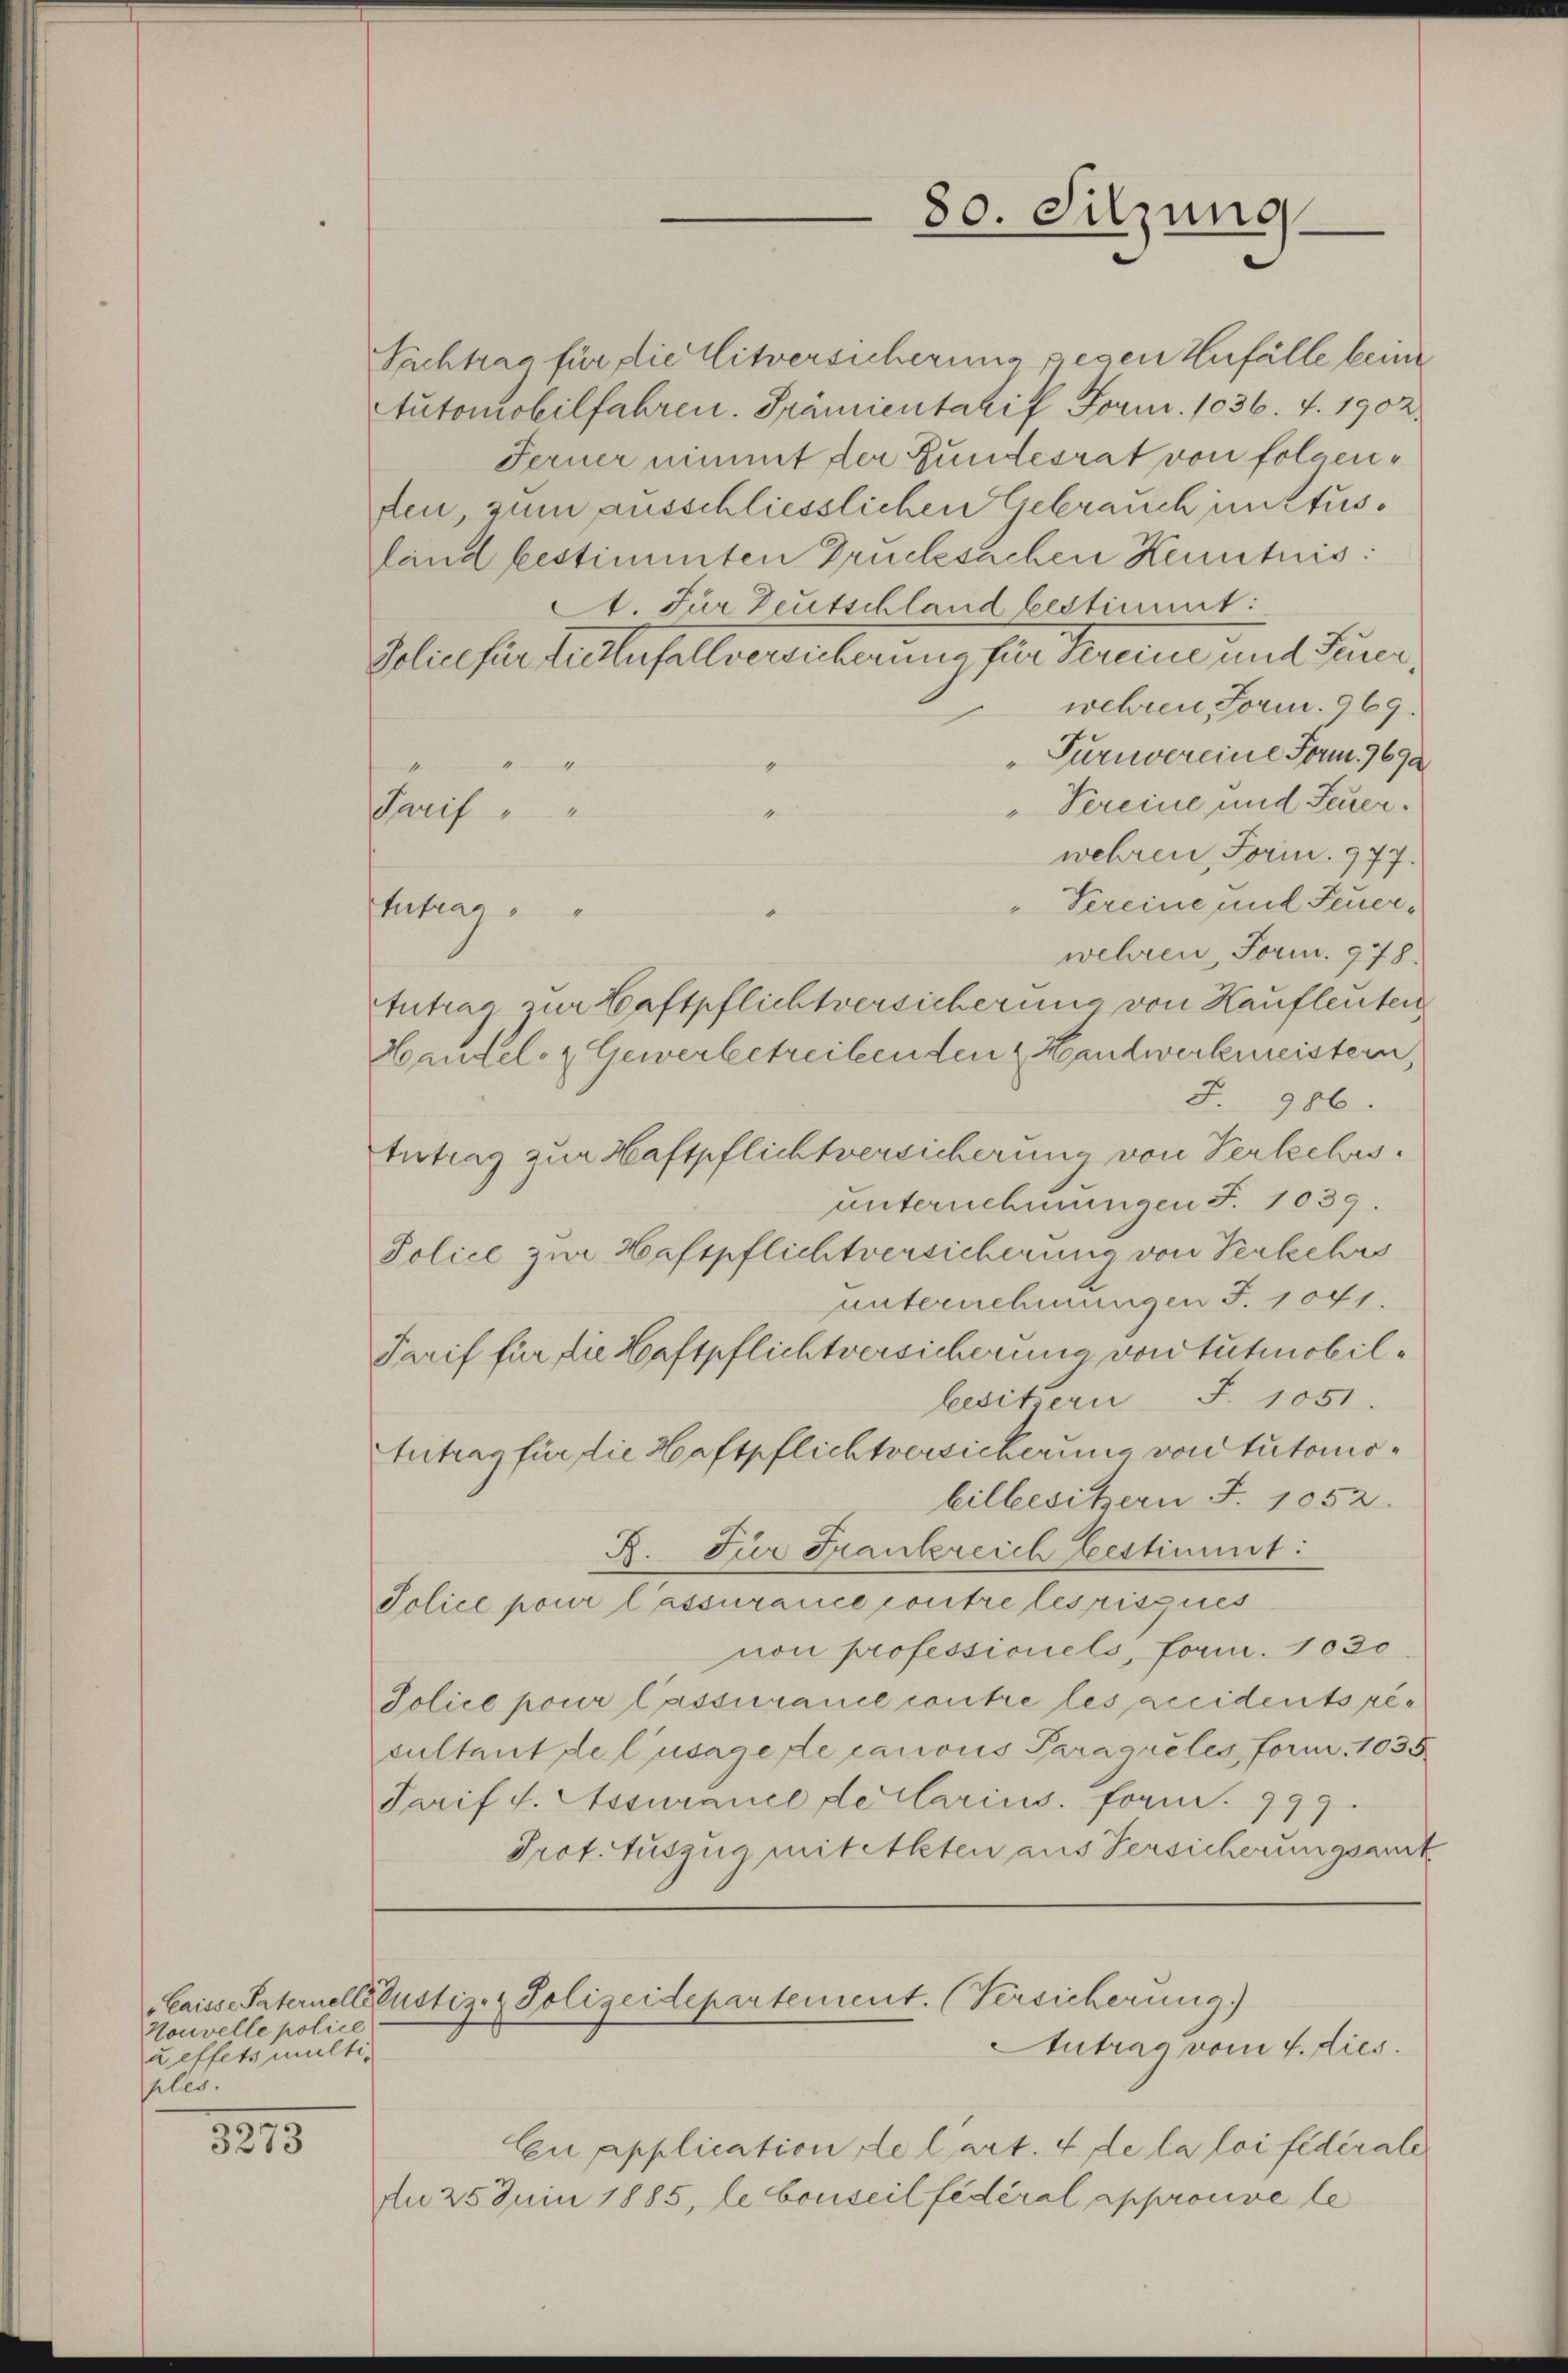
Nouvelle police
ueffets multiples.

3273

Suchtrag für die Eitversicherung gegen Zufälle keine
tutomobilfahren. Prämientarif Form. 1036. 7. 1902.
Ferner nimmt der Bundesrat von folgenden, zum ausschliesslichen Gebrauch justusfand bestimmten Drucksachen Kenntnis:
A. Für Deutschland bestimmt:
Beliefer Seiterfalls ereinbarung die Kreise und Feuerwehren Form. 969.
Turnvereine Form. 9692
4
Vereine und Feuer¬
Tarif
wehren, Form. 977.
" Vereine mit Feuer¬
Anfrag
wehren, Form. 978.
Antrag zur Haftpflichtversicherung von Kaufleuten
Hantel, Gewerbetreibenden & Handwerkmeistern,
S. 986.
Antrag zur Haftpflichtversicherung von Verkehrs.
unternehmungen S. 1039.
Police zur Haftpflichtversicherung von Verkehrs
unternehmungen S. 1041.
Tarif für die Haftpflichtversicherung von tutenobillesitzern S. 1051.
Antrag für die Haftpflichtversicherung von tutorisbilbesitzern F. 1052.
R. Für Frankreich bestimmt:
Jolice pour l’assurance contre les risques
non professionels, Form. 1030
Police pour lassurance contre les accidents recultant de l’usagene canous Paragriles form. 1035
Tarif v. Assurance declarius. Form. 999.
Prot. Auszug mit Akten aus Versicherungsant
Laisse Paternelllustiz- & Polizeidepartement. (Versicherung.)
Antrag vom 4. dies
Eu application de lart. 4 de la loi fédérale
An 25 Juin 1885, le bonseil fédéral approuve le

80. Sitzung.